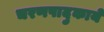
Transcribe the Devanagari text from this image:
चरणपादुकायें